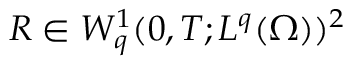
R \in W _ { q } ^ { 1 } ( 0 , T ; L ^ { q } ( \Omega ) ) ^ { 2 }